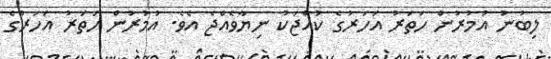
ލިބުނު އުމުރުން ހަތަރު އަހަރުގެ ކުއްޖަކު ނިޔާވެއްޖެ އެވެ. އުމުރުން ހަތަރު އަހަރުގެ